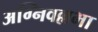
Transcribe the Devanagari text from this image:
अग्निवल्लभा